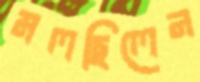
মলছিলেন